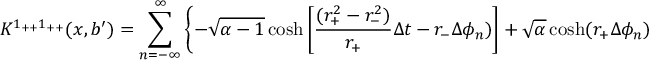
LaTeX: K ^ { 1 _ { + + } 1 _ { + + } } ( x , b ^ { \prime } ) = \sum _ { n = - \infty } ^ { \infty } \left\{ - \sqrt { \alpha - 1 } \cosh \left[ { \frac { ( r _ { + } ^ { 2 } - r _ { - } ^ { 2 } ) } { r _ { + } } } \Delta t - r _ { - } \Delta \phi _ { n } ) \right] + \sqrt { \alpha } \cosh ( r _ { + } \Delta \phi _ { n } ) \right\} ^ { - 2 h _ { + } } .